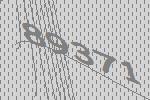
89371